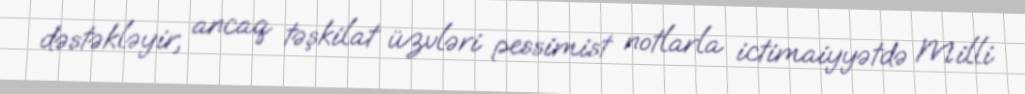
dəstəkləyir, ancaq təşkilat üzvləri pessimist notlarla ictimaiyyətdə Milli